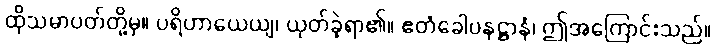
ထိုသမာပတ်တို့မှ။ ပရိဟာယေယျ၊ ယုတ်ခဲ့ရာ၏။ ဧတံခေါပနဋ္ဌာနံ၊ ဤအကြောင်းသည်။